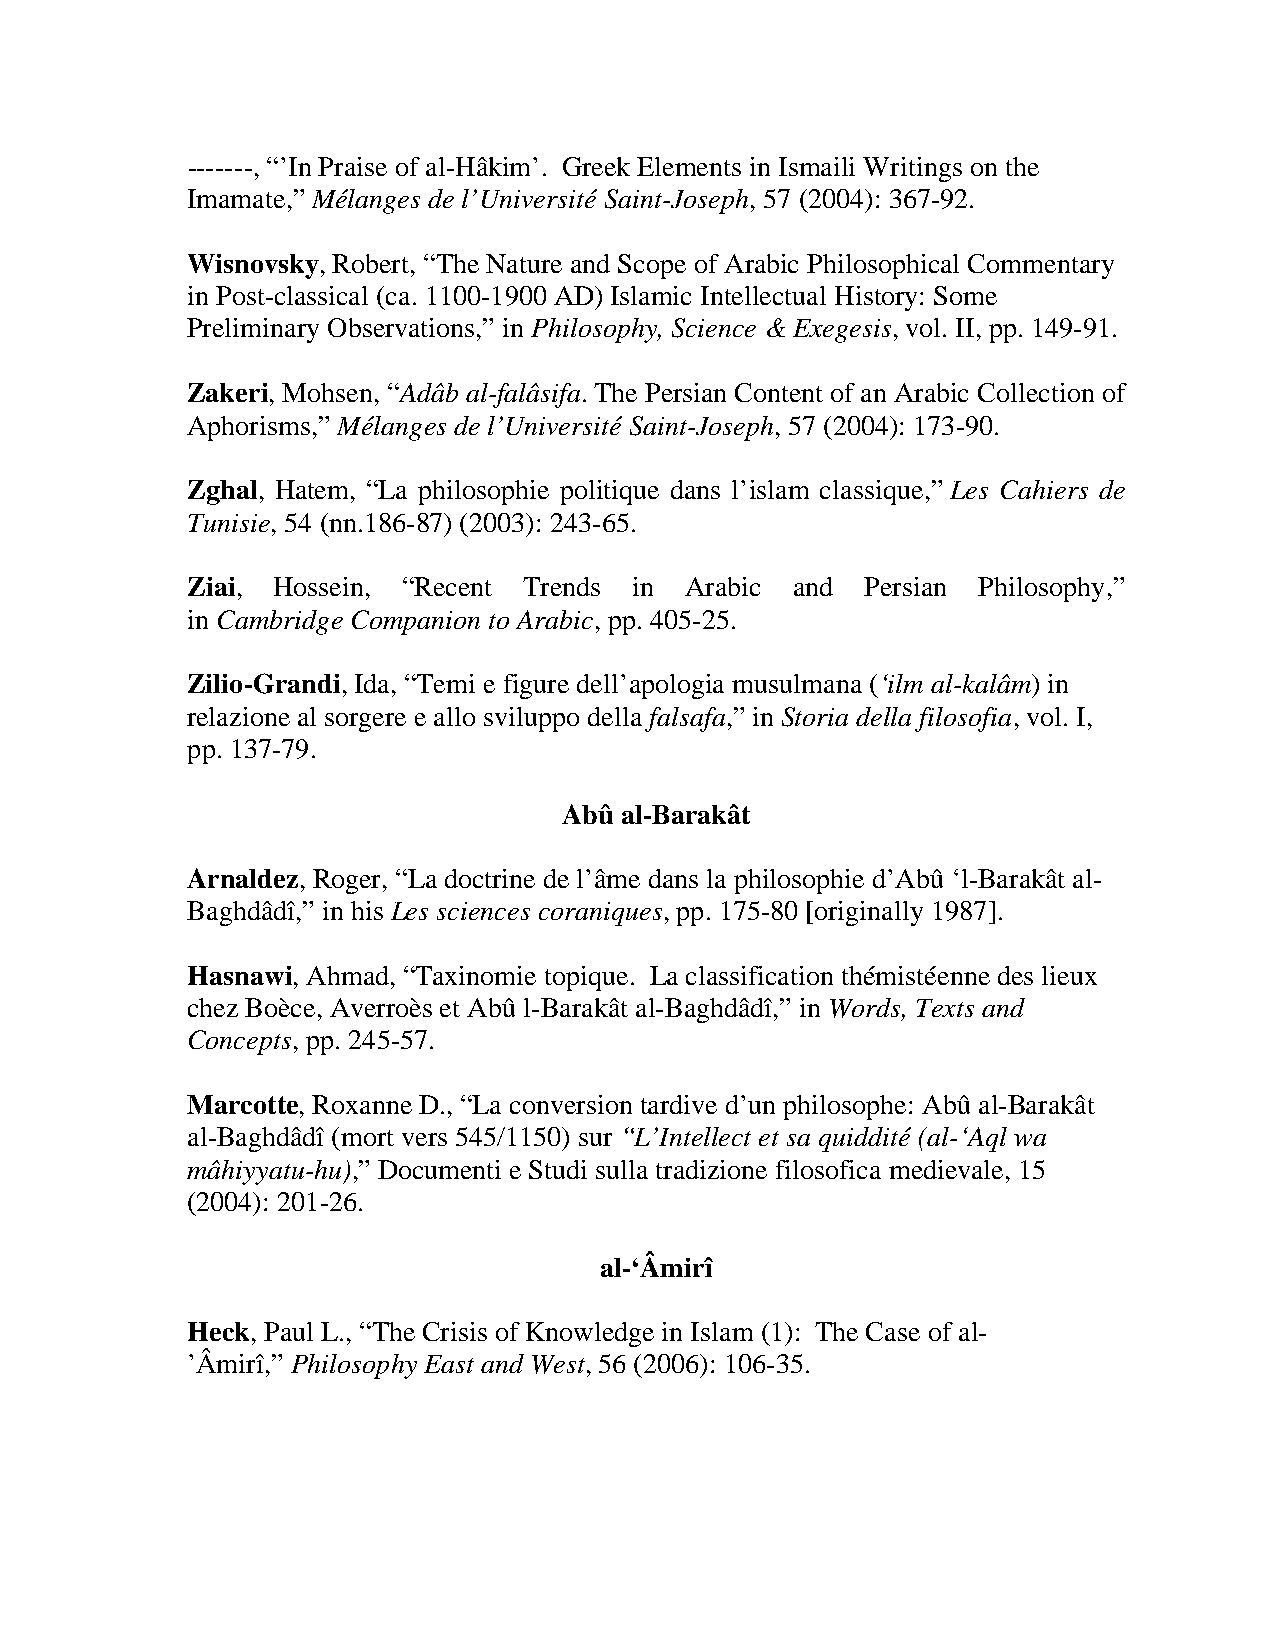
-------, “’In Praise of al-Hâkim’. Greek Elements in Ismaili Writings on the
 Imamate,” Mélanges de l’Université Saint-Joseph, 57 (2004): 367-92.
 Wisnovsky, Robert, “The Nature and Scope of Arabic Philosophical Commentary
 in Post-classical (ca. 1100-1900 AD) Islamic Intellectual History: Some
 Preliminary Observations,” in Philosophy, Science & Exegesis, vol. II, pp. 149-91.
 Zakeri, Mohsen, “Adâb al-falâsifa. The Persian Content of an Arabic Collection of
 Aphorisms,” Mélanges de l’Université Saint-Joseph, 57 (2004): 173-90.
 Zghal, Hatem, “La philosophie politique dans l’islam classique,” Les Cahiers de
 Tunisie, 54 (nn.186-87) (2003): 243-65.
 Ziai, Hossein, “Recent Trends in Arabic  and Persian Philosophy,”
 in Cambridge Companion to Arabic, pp. 405-25.
 Zilio-Grandi, Ida, “Temi e figure dell’apologia musulmana (‘ilm al-kalâm) in
 relazione al sorgere e allo sviluppo della falsafa,” in Storia della filosofia, vol. I,
 pp. 137-79.
 Abû al-Barakât
 Arnaldez, Roger, “La doctrine de l’âme dans la philosophie d’Abû ‘l-Barakât al-
 Baghdâdî,” in his Les sciences coraniques, pp. 175-80 [originally 1987].
 Hasnawi, Ahmad, “Taxinomie topique. La classification thémistéenne des lieux
 chez Boèce, Averroès et Abû l-Barakât al-Baghdâdî,” in Words, Texts and
 Concepts, pp. 245-57.
 Marcotte, Roxanne D., “La conversion tardive d’un philosophe: Abû al-Barakât
 al-Baghdâdî (mort vers 545/1150) sur “L’Intellect et sa quiddité (al-‘Aql wa
 mâhiyyatu-hu),” Documenti e Studi sulla tradizione filosofica medievale, 15
 (2004): 201-26.
 al-‘Âmirî
 Heck, Paul L., “The Crisis of Knowledge in Islam (1): The Case of al-
 ’Âmirî,” Philosophy East and West, 56 (2006): 106-35.